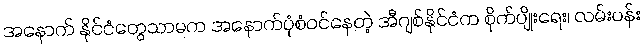
အနောက် နိုင်ငံတွေသာမက အနောက်ပုံစံဝင်နေတဲ့ အီဂျစ်နိုင်ငံက စိုက်ပျိုးရေး၊ လမ်းပန်း